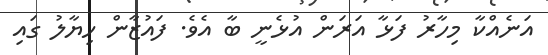
އަނެއްކާ މިހާރު ފަޅާ އަރަން އުޅެނީ ބާ އެވެ. ފައުޒާން ހިޔާލު ގައި